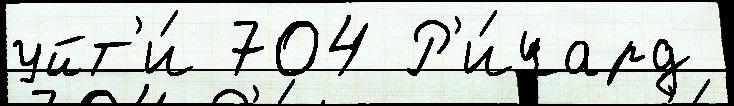
уйт'и́ 704 Р'и́чард